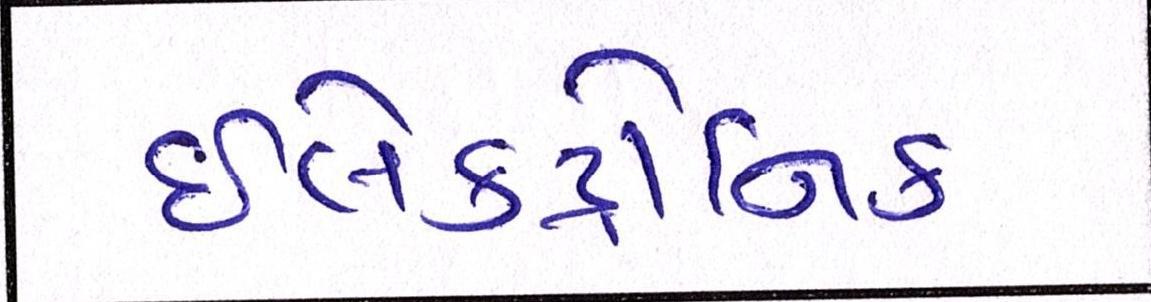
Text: ઇલેક્ટ્રોનિક